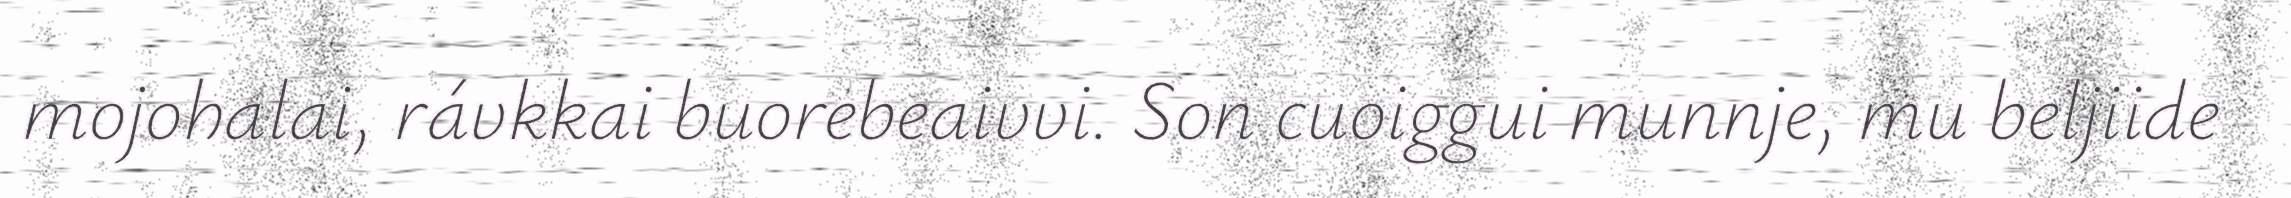
mojohalai, rávkkai buorebeaivvi. Son cuoiggui munnje, mu beljiide